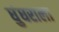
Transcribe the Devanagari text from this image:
घुंघराला